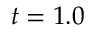
t = 1 . 0